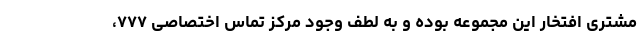
مشتری افتخار این مجموعه بوده و به لطف وجود مرکز تماس اختصاصی ۷۷۷،